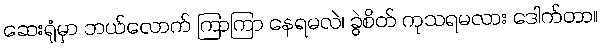
ဆေးရုံမှာ ဘယ်လောက် ကြာကြာ နေရမလဲ၊ ခွဲစိတ် ကုသရမလား ဒေါက်တာ။